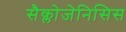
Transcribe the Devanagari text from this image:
सैक्लोजेनिसिस